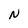
Character: N